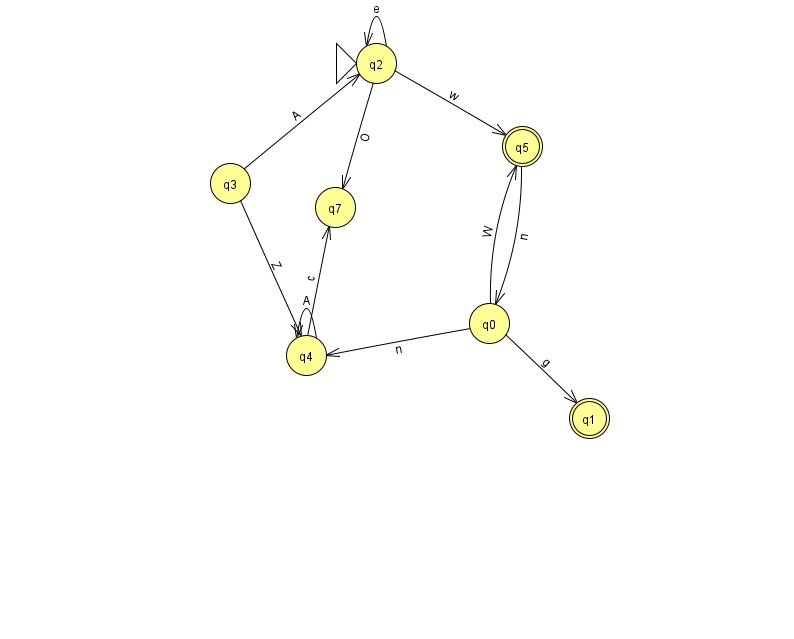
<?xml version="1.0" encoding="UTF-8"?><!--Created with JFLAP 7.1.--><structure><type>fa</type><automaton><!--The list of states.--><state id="0" name="q0"><x>489.0</x><y>310.0</y></state><state id="1" name="q1"><x>589.0</x><y>405.0</y><final/></state><state id="2" name="q2"><x>376.0</x><y>50.0</y><initial/></state><state id="3" name="q3"><x>230.0</x><y>170.0</y></state><state id="4" name="q4"><x>306.0</x><y>342.0</y></state><state id="5" name="q5"><x>522.0</x><y>133.0</y><final/></state><state id="7" name="q7"><x>335.0</x><y>194.0</y></state><!--The list of transitions.--><transition><from>0</from><to>5</to><read>W</read></transition><transition><from>4</from><to>7</to><read>c</read></transition><transition><from>4</from><to>4</to><read>A</read></transition><transition><from>3</from><to>4</to><read>Z</read></transition><transition><from>0</from><to>4</to><read>n</read></transition><transition><from>0</from><to>1</to><read>g</read></transition><transition><from>2</from><to>2</to><read>e</read></transition><transition><from>5</from><to>0</to><read>n</read></transition><transition><from>2</from><to>7</to><read>O</read></transition><transition><from>2</from><to>5</to><read>w</read></transition><transition><from>3</from><to>2</to><read>A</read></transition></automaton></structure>